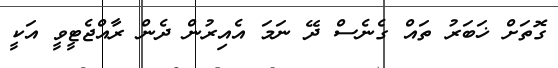
ގޮތަށް ޚަބަރު ތައް ގެނެސް ދޭ ނަމަ އެއިރުން ދެން ރާއްޖެޓީވީ އަކީ